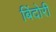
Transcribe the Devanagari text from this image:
बिंदोरी